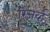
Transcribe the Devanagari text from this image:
रिजर्व्ह